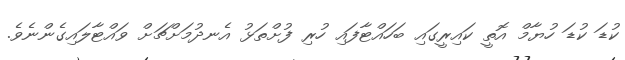
ކުޑަ ކުޑަ ހުޔާމް އޮތީ ކައިރީގައި ބަހައްޓާފައި ހުރި ފުށްތަޅު އެނދުމަށްޗަށް ވައްޓާލައިގެންނެވެ.